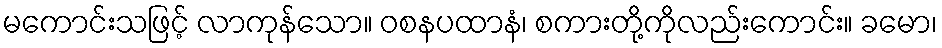
မကောင်းသဖြင့် လာကုန်သော။ ဝစနပထာနံ၊ စကားတို့ကိုလည်းကောင်း။ ခမော၊